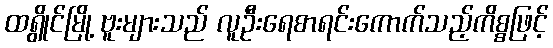
ထရွိုင်မြို့ ဗူးများသည် လူဦးရေစာရင်းကောက်သည့်ကိစ္စဖြင့်